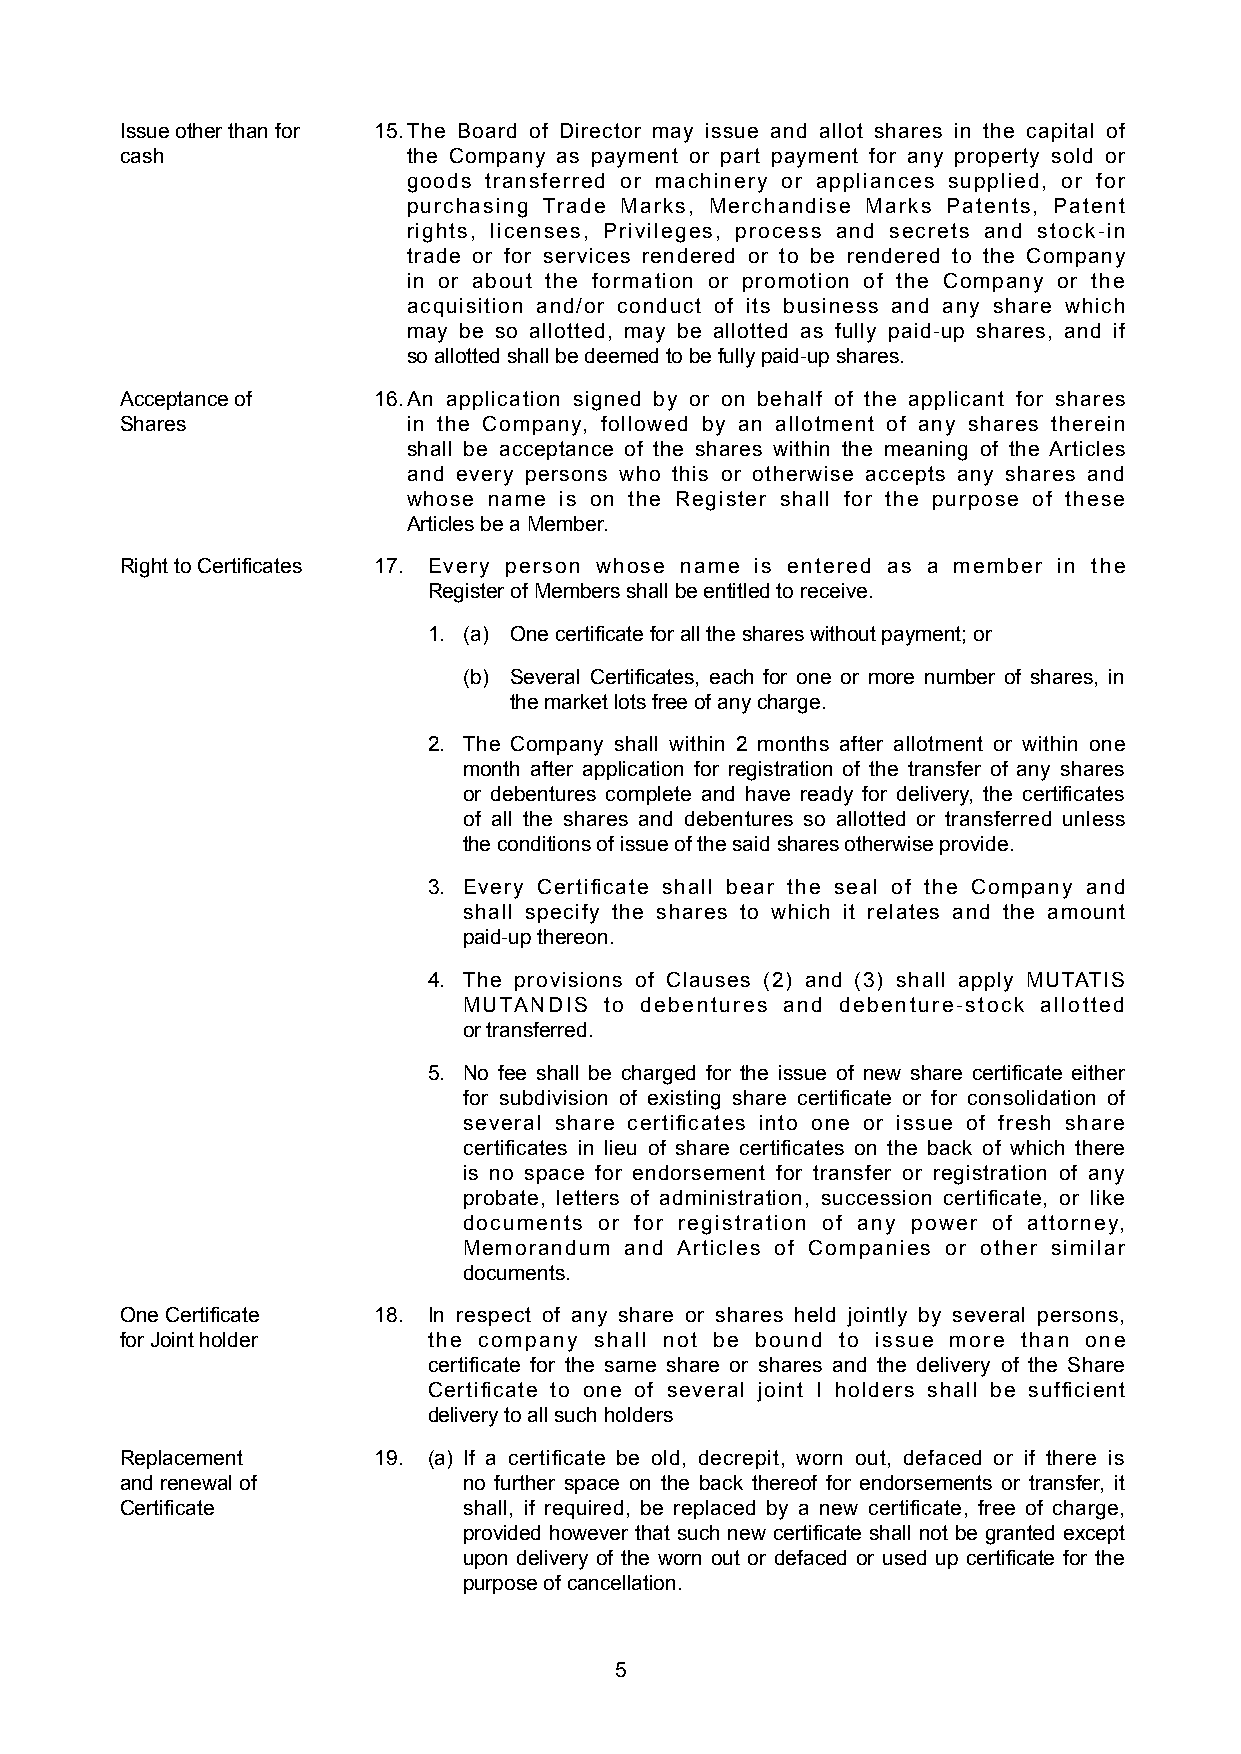
Issue other than for 15. The Board of Director may issue and allot shares in the capital of
 cash               the Company as payment or part payment for any property sold or
 goods transferred or machinery or appliances supplied, or for
 purchasing Trade Marks, Merchandise Marks Patents, Patent
 rights, licenses, Privileges, process and secrets and stock-in
 trade or for services rendered or to be rendered to the Company
 in or about the formation or promotion of the Company or the
 acquisition and/or conduct of its business and any share which
 may be so allotted, may be allotted as fully paid-up shares, and if
 so allotted shall be deemed to be fully paid-up shares.
 Acceptance of    16. An application signed by or on behalf of the applicant for shares
 Shares             in the Company, followed by an allotment of any shares therein
 shall be acceptance of the shares within the meaning of the Articles
 and every persons who this or otherwise accepts any shares and
 whose name is on the Register shall for the purpose of these
 Articles be a Member.
 Right to Certificates 17. Every person whose name is entered as a member in the
 Register of Members shall be entitled to receive.
 1. (a) One certificate for all the shares without payment; or
 (b) Several Certificates, each for one or more number of shares, in
 the market lots free of any charge.
 2. The Company shall within 2 months after allotment or within one
 month after application for registration of the transfer of any shares
 or debentures complete and have ready for delivery, the certificates
 of all the shares and debentures so allotted or transferred unless
 the conditions of issue of the said shares otherwise provide.
 3. Every Certificate shall bear the seal of the Company and
 shall specify the shares to which it relates and the amount
 paid-up thereon.
 4. The provisions of Clauses (2) and (3) shall apply MUTATIS
 MUTANDIS to debentures and debenture-stock allotted
 or transferred.
 5. No fee shall be charged for the issue of new share certificate either
 for subdivision of existing share certificate or for consolidation of
 several share certificates into one or issue of fresh share
 certificates in lieu of share certificates on the back of which there
 is no space for endorsement for transfer or registration of any
 probate, letters of administration, succession certificate, or like
 documents or for registration of any power of attorney,
 Memorandum and Articles of Companies or other similar
 documents.
 One Certificate  18. In respect of any share or shares held jointly by several persons,
 for Joint holder    the company shall not be bound to issue more than one
 certificate for the same share or shares and the delivery of the Share
 Certificate to one of several joint I holders shall be sufficient
 delivery to all such holders
 Replacement      19. (a) If a certificate be old, decrepit, worn out, defaced or if there is
 and renewal of         no further space on the back thereof for endorsements or transfer, it
 Certificate            shall, if required, be replaced by a new certificate, free of charge,
 provided however that such new certificate shall not be granted except
 upon delivery of the worn out or defaced or used up certificate for the
 purpose of cancellation.
 5